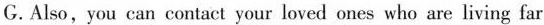
G. Also, you can contact your loved ones who are living far